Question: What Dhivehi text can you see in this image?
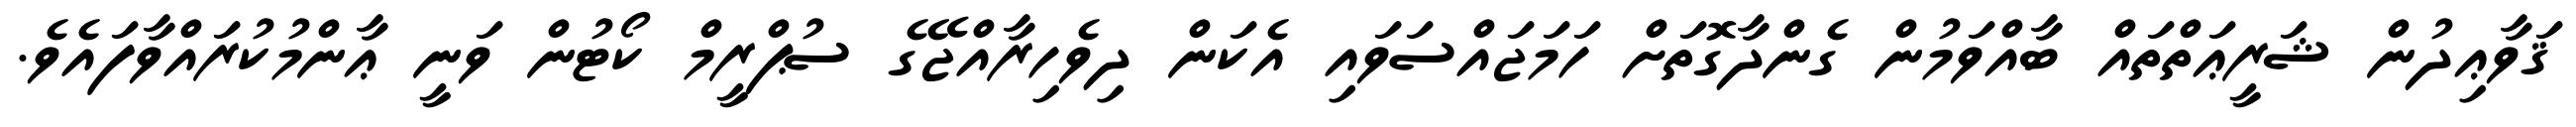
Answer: ޤަވާޢިދުން ޝަރީޢަތްތައް ބާއްވަމުން ގެންދާގޮތަށް ހަމަޖައްސަވައި އެކަން ދިވެހިރާއްޖޭގެ ސުޕްރީމް ކޯޓުން ވަނީ ޢާންމުކުރައްވާފައެވެ.